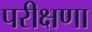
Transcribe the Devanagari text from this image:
परीक्षणा